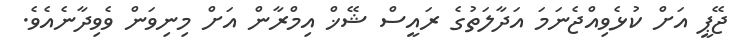
ޖޭޕީ އަށް ކުޅެވިއްޖެނަމަ އަދާލަތުގެ ރައީސް ޝޭޚް އިމްރާން އަށް މިނިވަން ވެވިދާނެއެވެ.